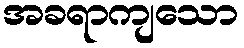
အခရာကျသော